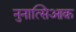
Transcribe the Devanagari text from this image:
नुनात्सिआक़